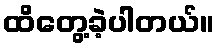
ထိတွေ့ခဲ့ပါတယ်။